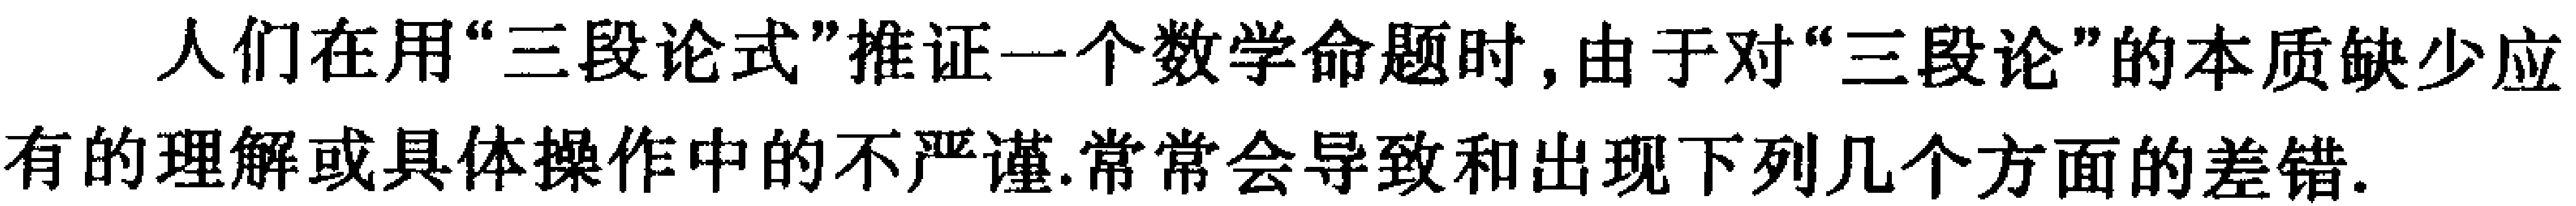
人们在用“三段论式”推证一个数学命题时,由于对“三段论”的本质缺少应有的理解或具体操作中的不严谨,常常会导致和出现下列几个方面的差错.